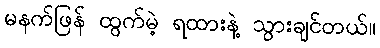
မနက်ဖြန် ထွက်မဲ့ ရထားနဲ့ သွားချင်တယ်။